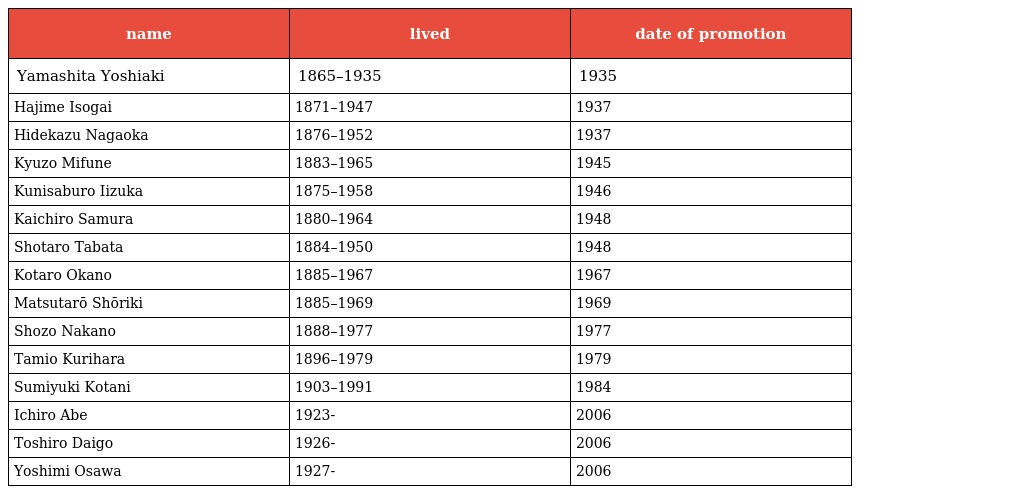
| name | lived | date of promotion |
 | --- | --- | --- |
 | Yamashita Yoshiaki | 1865–1935 | 1935 |
 | Hajime Isogai | 1871–1947 | 1937 |
 | Hidekazu Nagaoka | 1876–1952 | 1937 |
 | Kyuzo Mifune | 1883–1965 | 1945 |
 | Kunisaburo Iizuka | 1875–1958 | 1946 |
 | Kaichiro Samura | 1880–1964 | 1948 |
 | Shotaro Tabata | 1884–1950 | 1948 |
 | Kotaro Okano | 1885–1967 | 1967 |
 | Matsutarō Shōriki | 1885–1969 | 1969 |
 | Shozo Nakano | 1888–1977 | 1977 |
 | Tamio Kurihara | 1896–1979 | 1979 |
 | Sumiyuki Kotani | 1903–1991 | 1984 |
 | Ichiro Abe | 1923- | 2006 |
 | Toshiro Daigo | 1926- | 2006 |
 | Yoshimi Osawa | 1927- | 2006 |